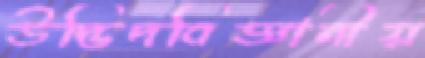
উদ্ভিদবিজ্ঞানীয়